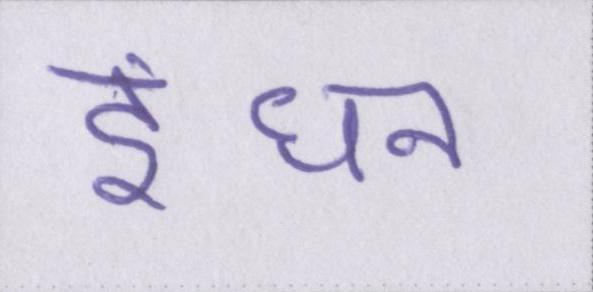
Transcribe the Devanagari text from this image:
इंधन